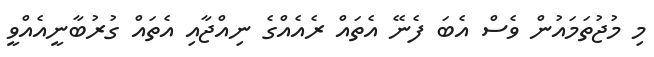
މި މުޖުތަމައުން ވެސް އެބަ ފެނޭ އެތައް ރެއެއްގެ ނިއްޖާއި އެތައް ގުރުބާނީއެއްވީ